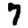
Digit: 7